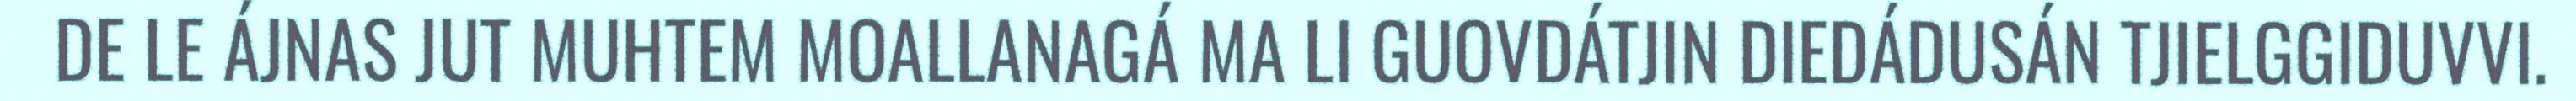
DE LE ÁJNAS JUT MUHTEM MOALLANAGÁ MA LI GUOVDÁTJIN DIEDÁDUSÁN TJIELGGIDUVVI.